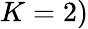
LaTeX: K=2)